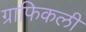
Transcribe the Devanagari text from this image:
ग्राफिकली